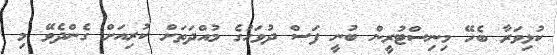
ކުޅިވަރާ ބެހޭ މިނިސްޓުރީން ބުނީ ފަސް ދުވަހުގެ މުއްދަތަށް ކުރިއަށް ގެންދެވޭ މި